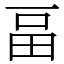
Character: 畐